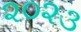
૨૦૨૩